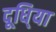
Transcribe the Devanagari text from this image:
दूधि्या